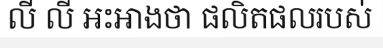
លី លី អះអាងថា ផលិតផលរបស់